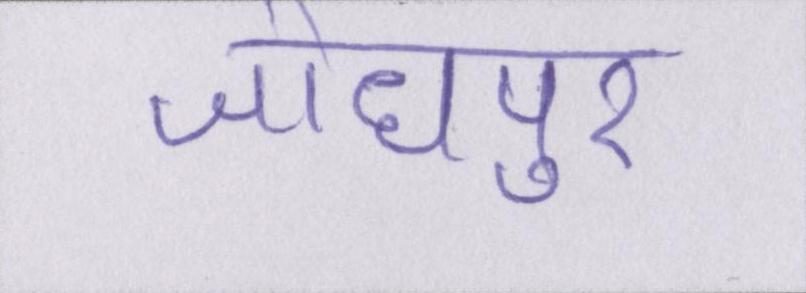
जोधपुर